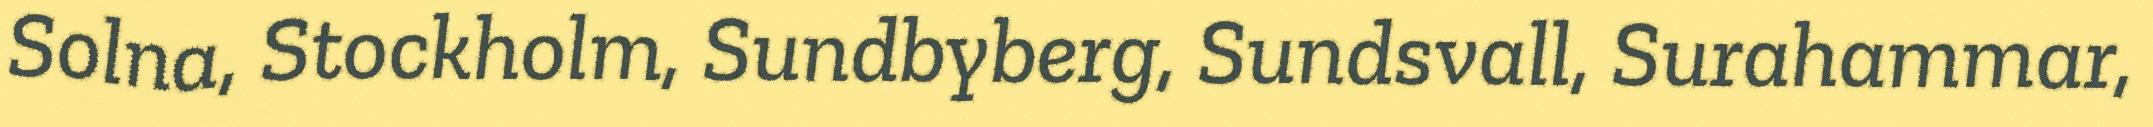
Solna, Stockholm, Sundbyberg, Sundsvall, Surahammar,